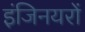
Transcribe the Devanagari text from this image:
इंजिनयरों